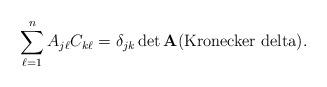
LaTeX: \begin{align*}\sum_{\ell =1}^{n}A_{j\ell }C_{k\ell }=\delta _{jk}\det \mathbf{A}\text{(Kronecker delta).} \end{align*}